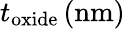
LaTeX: t_{\mathrm{oxide}}\, (\mathrm{nm})